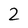
Character: 2